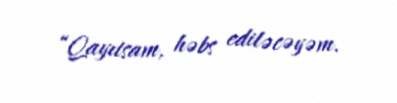
“Qayıtsam, həbs ediləcəyəm.